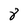
Character: 8